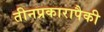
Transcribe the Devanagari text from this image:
तीनप्रकारापैकी